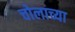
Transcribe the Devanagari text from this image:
चोलाच्या